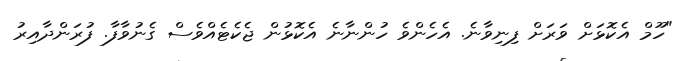
"ހޫމް އެކޮޅަށް ވަރަށް ފިނިވާނެ. އެހެންވެ ހުންނާނެ އެކޮޅުން ޖެކެޓެއްވެސް ގެނުވާފާ. ފުރަންދާއިރު